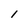
Character: 1